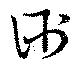
衎